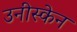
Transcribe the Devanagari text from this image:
उनीस्केन